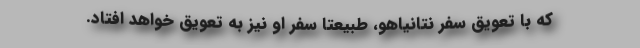
که با تعویق سفر نتانیاهو، طبیعتاً سفر او نیز به تعویق خواهد افتاد.